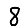
Digit: 8